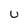
Character: u